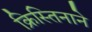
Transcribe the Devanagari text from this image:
क्रिस्तिनाने